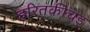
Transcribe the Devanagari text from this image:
हरितकीचड़